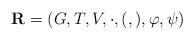
LaTeX: \begin{align*}\textbf{R} = (G,T,V,\cdot, (,), \varphi, \psi)\end{align*}